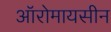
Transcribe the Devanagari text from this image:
ऑरोमायसीन